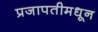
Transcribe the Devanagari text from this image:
प्रजापतीमधून